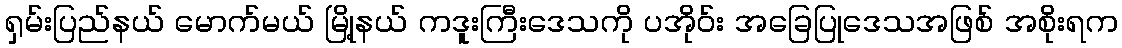
ရှမ်းပြည်နယ် မောက်မယ် မြို့နယ် ကဒူးကြီးဒေသကို ပအိုဝ်း အခြေပြုဒေသအဖြစ် အစိုးရက